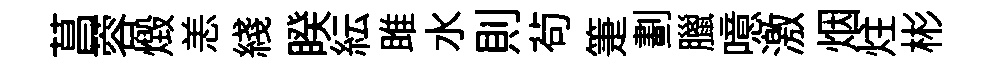
菖蓉燬恙綫睽紜雎水則茍箑劃臘噫激烟炷彬